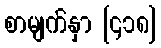
စာမျက်နှာ [၄၁၈]